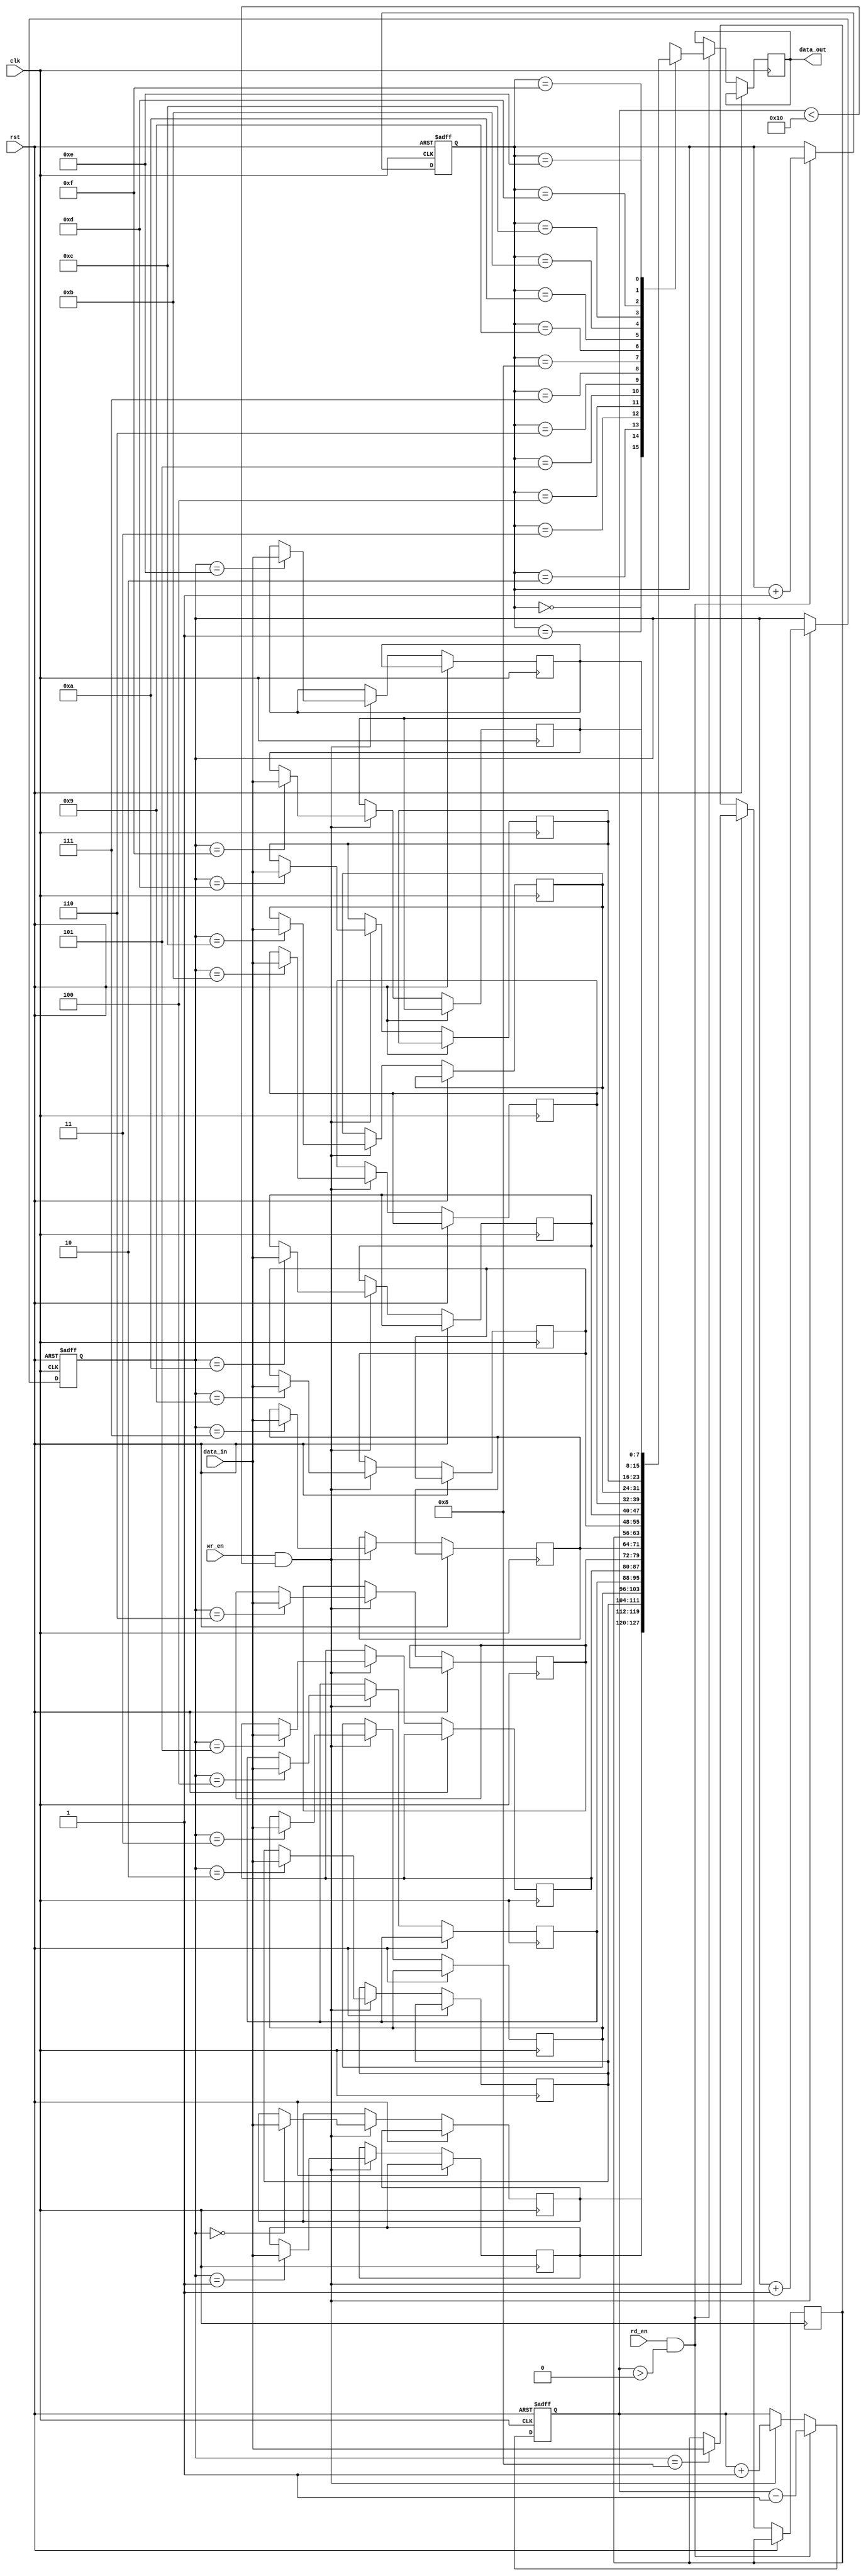
module fifo_buffer (
    input wire clk,
    input wire rst,
    input wire wr_en,
    input wire rd_en,
    input wire [DATA_WIDTH-1:0] data_in,
    output reg [DATA_WIDTH-1:0] data_out
);

parameter DEPTH = 16;
parameter DATA_WIDTH = 8;

reg [DATA_WIDTH-1:0] buffer [0:DEPTH-1];
reg [3:0] head, tail;
reg [3:0] count;

always @(posedge clk or posedge rst)
begin
    if (rst)
    begin
        head <= 0;
        tail <= 0;
        count <= 0;
    end
    else
    begin
        if (wr_en && count < DEPTH)
        begin
            buffer[tail] <= data_in;
            tail <= tail + 1;
            count <= count + 1;
        end
        
        if (rd_en && count > 0)
        begin
            data_out <= buffer[head];
            head <= head + 1;
            count <= count - 1;
        end
    end
end

endmodule